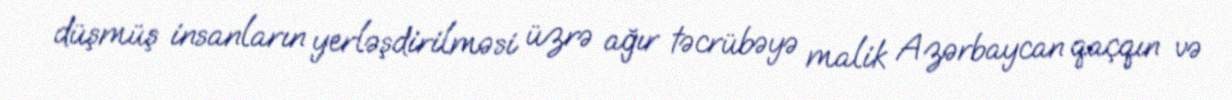
düşmüş insanların yerləşdirilməsi üzrə ağır təcrübəyə malik Azərbaycan qaçqın və